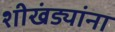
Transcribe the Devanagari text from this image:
शीखंड्यांना